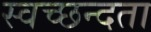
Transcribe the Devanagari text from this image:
स्‍वच्‍छन्‍दता